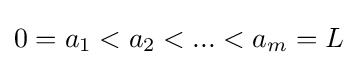
0=a_{1}<a_{2}<...<a_{m}=L